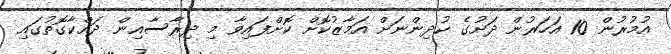
އުމުރުން 10 އަހަރުން ދަށުގެ ކުދިންނަށް އަމާޒުކޮށް ކޮށްފައިވާ މި ދިރާސާއިން ދައްކާގޮތުގައި